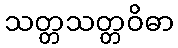
သတ္တသတ္တဝိဓာ